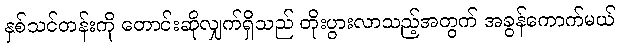
နှစ်သင်တန်းကို တောင်းဆိုလျှက်ရှိသည် တိုးပွားလာသည့်အတွက် အခွန်ကောက်မယ်